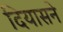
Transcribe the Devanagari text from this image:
दियासने